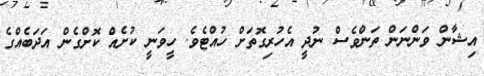
އިޝާން ވަންނަން ތަންވެސް ނުދީ އެހުރިގޮތަށް ހުއްޓެވެ. ހީވަނީ ކުށެއް ކޮށްގެން އަދަބެއްގެ